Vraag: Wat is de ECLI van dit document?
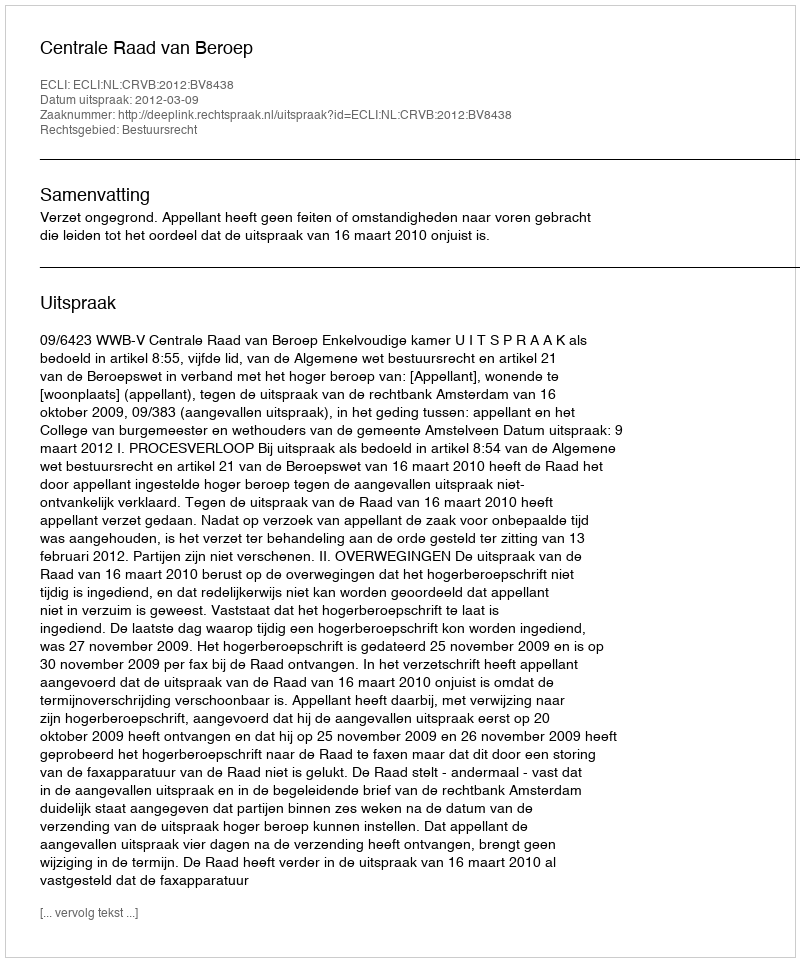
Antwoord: ECLI:NL:CRVB:2012:BV8438